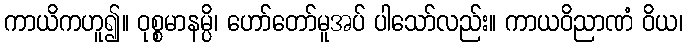
ကာယိကဟူ၍။ ဝုစ္စမာနမ္ပိ၊ ဟော်တော်မူအပ် ပါသော်လည်း။ ကာယဝိညာဏံ ဝိယ၊